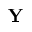
\mathbf { Y }